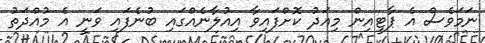
ނަމަވެސް އެ ޕާޓީއިން މިއަދު ކޮށްފައިވާ އިއުލާނެއްގައި ބުނެފައި ވަނީ އެ މުއްދަތު